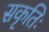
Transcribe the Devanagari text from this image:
सकृतिः